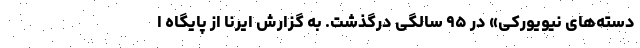
دسته‌های نیویورکی» در ۹۵ سالگی درگذشت. به گزارش ایرنا از پایگاه ا